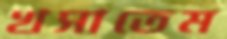
খসাতেম